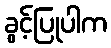
ခွင့်ပြုပါက